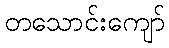
တသောင်းကျော်